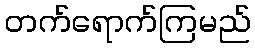
တက်ရောက်ကြမည်